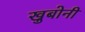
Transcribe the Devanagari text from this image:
खुबोनी